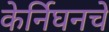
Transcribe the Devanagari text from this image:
केर्निघनचे